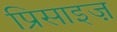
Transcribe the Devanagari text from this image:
प्रिसाइज़